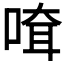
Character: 𠸊